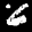
Label: 6